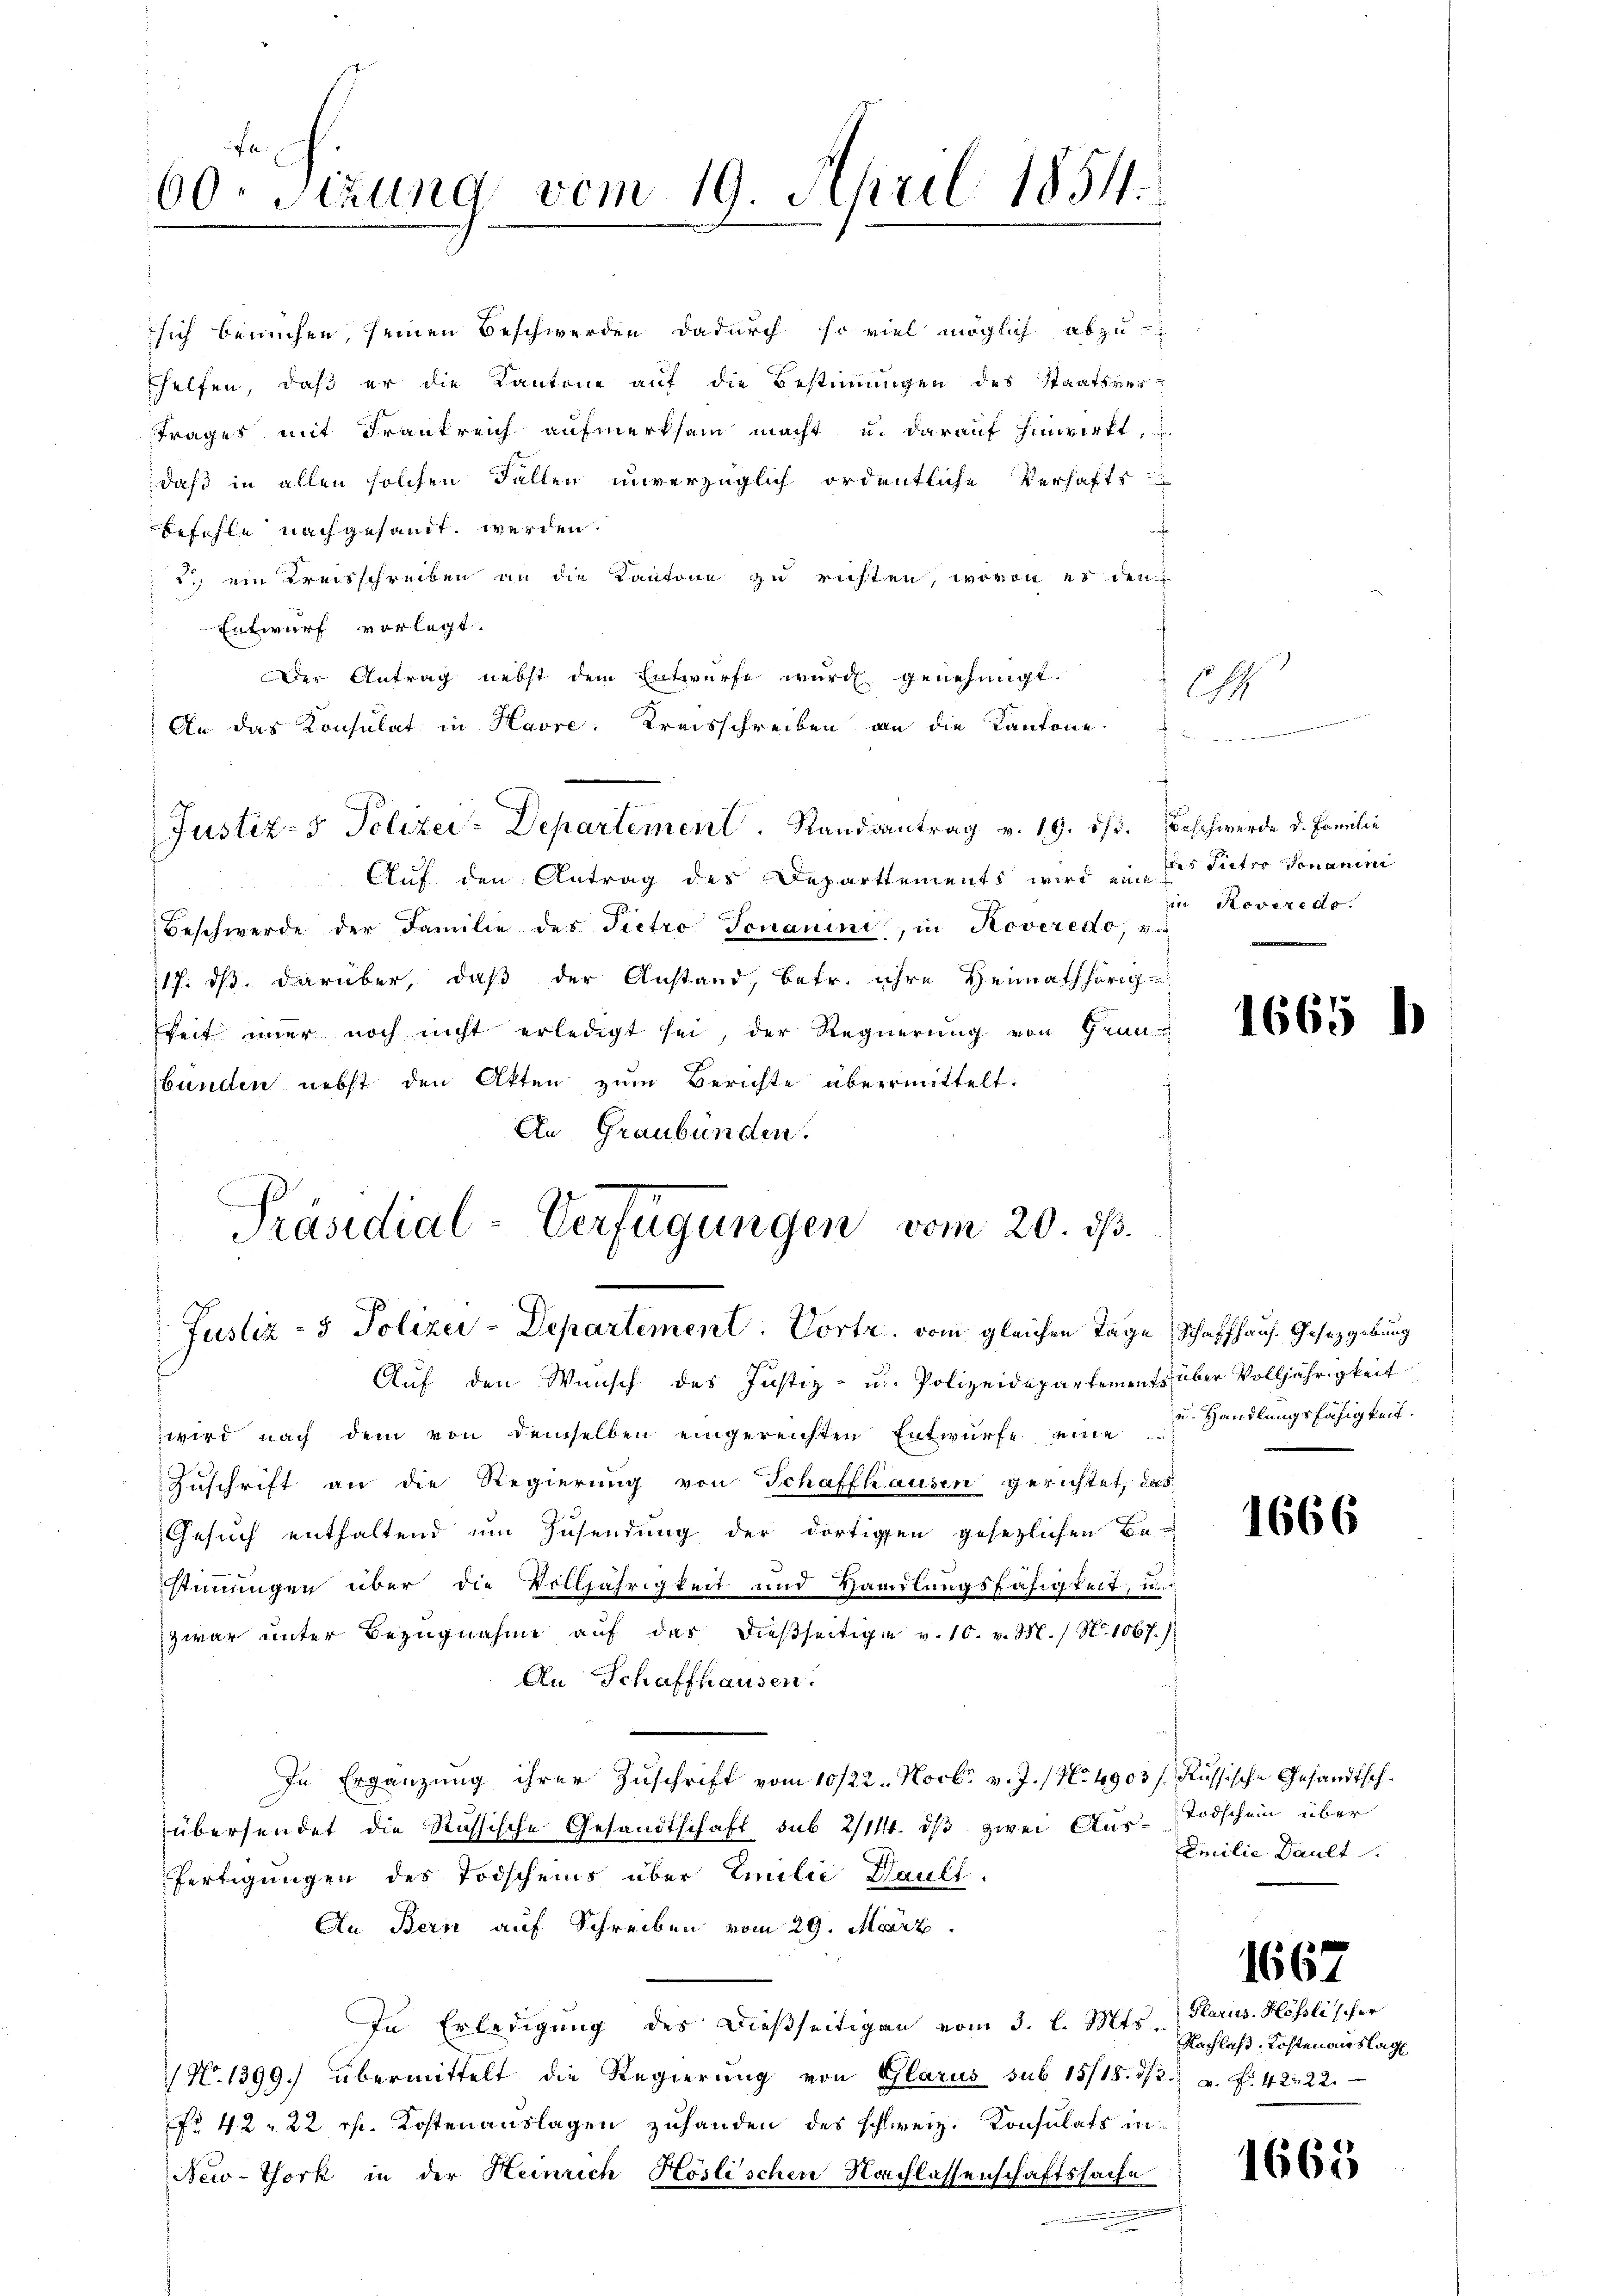
60. Sitzung vom 19. April 1854.

sich berüchen, seinen Beschwerden dadurch so viel möglich abzu-
helfen, daß er die Kantone auf die Bestimmungen des Staatsvertrages mit Frankreich aufmerksam macht u. darauf hinwirkt,
daß in allen solchen Fallen unverzüglich ordentliche Verhafts
befehle nach gesandt werden.
2.) ein Kreisschreiben an die Kantone zu richten, wovon es den
Entwurf vorlegt.
Der Antrag nebst dem Entwürfe würde genehmigt.
An das Konsulat in Havre: Kreisschreiben an die Kantone
Justiz- & Polizei-Departement. Randsantrag v. 19. ds. Beschwerde d. Familie
Auf den Antrag des Departements wird eine
Beschwerde der Familie des Pietro Jonanini, in Roveredo, v
17. ds. darüber, daß der Anstand, betr. ihre Heimathörig
keit imer noch nicht erledigt sei, der Regierung von Grun
bunden nebst den Atten zum Berichte übermittelt.
An Graubünden.
Präsidial-Verfügungen vom 20. ds.

Justiz- & Polizei-Departement. Vortr. vom gleichen Tage Schaffhaus. Gesetzgebung

Auf den Wunsch des Justiz- u. Polizeidepartements über Volljährigkeit
wird nach dem von demselben eingereichten Entwurfe eine
Zuschrift an die Regierung von Schaffhausen gerichtet, das
Gesuch enthaltend um Zusendung der dortigen gesezlichen Be-
stimmungen über die Volljährigkeit und Handlungsfähigkeit, und
zwar unter Bezugnahme auf das dießseitige v. 10. v. M. / N. 1067.
An Schaffhausen.
In Ergänzung ihrer Zuschrift vom 10/22. Novbr. v. J. / No 4905/ Russische Gesandtsch.
übersendet die Russische Gesandtschaft sub 2/14. ds zwei Ausfertigungen des Todscheins über Emilie Hault.
An Bern auf Schreiben vom 29. März
In Erledigung des dießseitigen vom 3. l. Mts. Glarus. Hösli scher
 N. 1399. übermittelt die Regierŭng von Glarus sub 15/18. dβ a. f. 42. 22.
Nr 42. 22 rp. Kostenauslagen zuhanden des schweiz. Konsulats in¬
New-York in der Heinrich Höslischen Nachlassenschaftssache
e
e

e
ae d.

Ch

des Pietro donanimi
in Roveredo.

1665

u. Handlungsfähigkeit.

1666

Todschein über
Emilie Dault

1667

1665

)

Nachlas, Kosten auslag